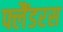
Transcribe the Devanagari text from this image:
फ्लैंडरस